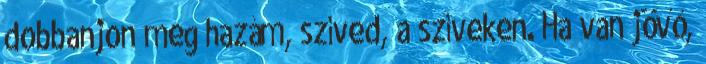
dobbanjon meg hazám, szíved, a szíveken. Ha van jövő,